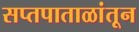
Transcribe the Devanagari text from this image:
सप्तपाताळांतून